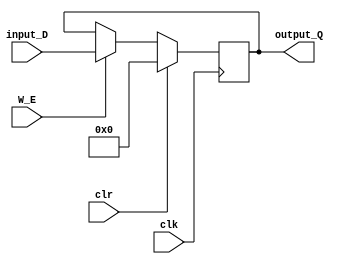
module Register(
	input wire clk,
	input wire clr, 
	input wire W_E,
	
	input wire[31:0] input_D,
	output reg[31:0] output_Q
);

initial output_Q = 32'b0;

always @(posedge clk) begin
	if (clr) begin
		output_Q <= 32'b0;
	end 
	else if (W_E) begin
		output_Q <= input_D;
	end
end

endmodule